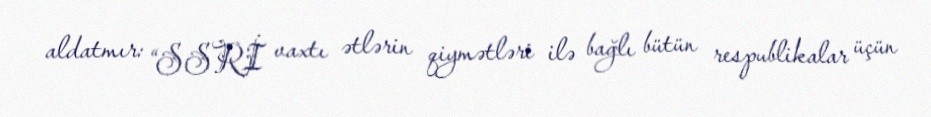
aldatmır: “SSRİ vaxtı ətlərin qiymətləri ilə bağlı bütün respublikalar üçün